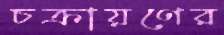
চক্রায়ণের